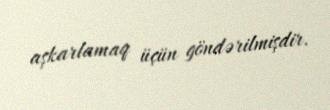
aşkarlamaq üçün göndərilmişdir.